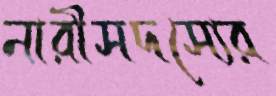
নারীসদস্যের